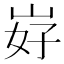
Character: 𱛧